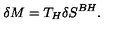
\delta M = T _ { H } \delta S ^ { B H } .